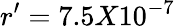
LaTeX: r^{\prime}=7.5X10^{-7}